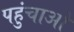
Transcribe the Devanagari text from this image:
पहुंचाओ